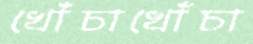
খোঁচাখোঁচা